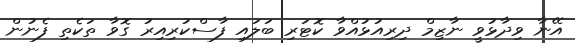
އޭނާ ވިދާޅުވީ ނާޒިމް ދިރިއުޅުއްވާ ކޮޓަރި ބަލައި ފާސްކުރިއިރު ގޮވާ ތަކެތި ފެނުން